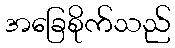
အခြေစိုက်သည်